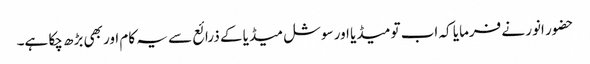
حضور انور نے فرمایا کہ اب تو میڈیا اور سوشل میڈیا کے ذرائع سے یہ کام اور بھی بڑھ چکا ہے۔